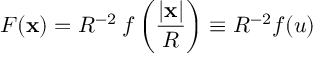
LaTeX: F ( \mathbf { x } ) = R ^ { - 2 } \: f \left( { \frac { | \mathbf { x } | } { R } } \right) \equiv R ^ { - 2 } f ( u )